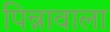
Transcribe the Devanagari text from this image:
पिन्नावाला